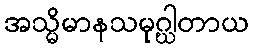
အသ္မိမာနသမုဂ္ဃါတာယ